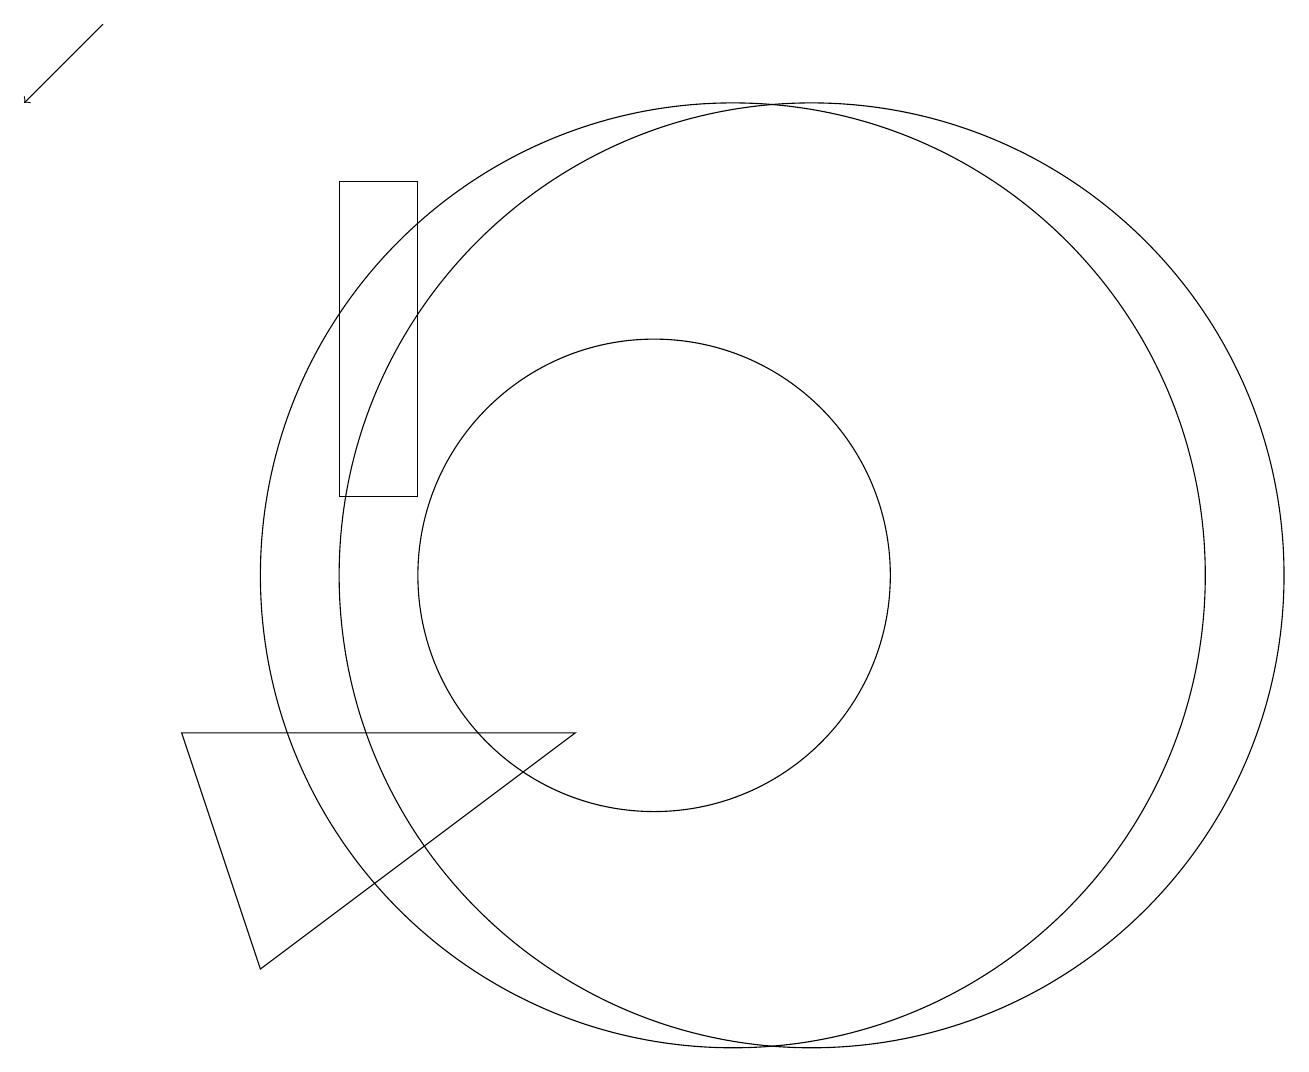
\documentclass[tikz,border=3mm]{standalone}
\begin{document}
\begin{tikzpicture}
\draw[->] (3,18) -- (2,17);
\draw (12,11) circle (6);
\draw (4,9) -- (9,9) -- (5,6) -- cycle;
\draw (6,16) rectangle (7,12);
\draw (10,11) circle (3);
\draw (11,11) circle (6);
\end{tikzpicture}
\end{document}